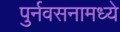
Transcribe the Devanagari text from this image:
पुर्नवसनामध्ये